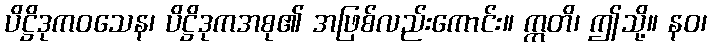
ပိဋ္ဌိဒုကဝသေန၊ ပိဋ္ဌိဒုကအစု၏ အဖြစ်လည်းကောင်း။ ဣတိ၊ ဤသို့။ နဝ၊